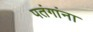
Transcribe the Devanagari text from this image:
पतंगांना